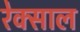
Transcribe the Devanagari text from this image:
रेक्साल